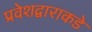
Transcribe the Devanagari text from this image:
प्रवेशद्वाराकडे